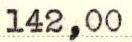
142,00